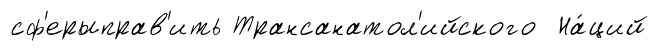
сф'ерыправ'ить Трансанатол'ийского На́ций